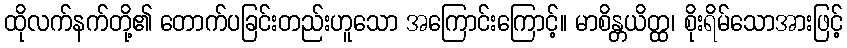
ထိုလက်နက်တို့၏ တောက်ပခြင်းတည်းဟူသော အကြောင်းကြောင့်။ မာစိန္တယိတ္ထ၊ စိုးရိမ်သောအားဖြင့်